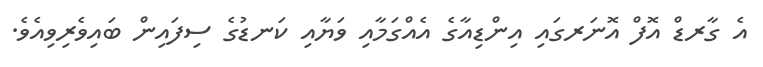
އެ ގާރޑް އޮފް އޮނަރގައި އިންޑިއާގެ އެއްގަމާއި ވަޔާއި ކަނޑުގެ ސިފައިން ބައިވެރިވިއެވެ.